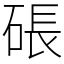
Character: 䂻